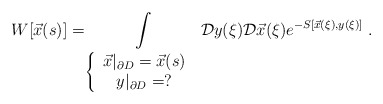
\begin{align*}W[\vec{x}(s)]=\int\limits _{\left\{ \begin{array}{c}\vec{x}|_{\partial D}=\vec{x}(s)\\y|_{\partial D}=?\end{array}\right. }\mathcal{D}y(\xi )\mathcal{D}\vec{x}(\xi )e^{-S[\vec{x}(\xi ),y(\xi )]}\; .\end{align*}